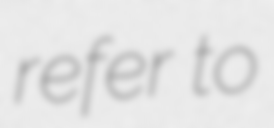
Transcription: refer to